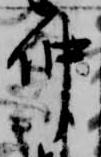
仲